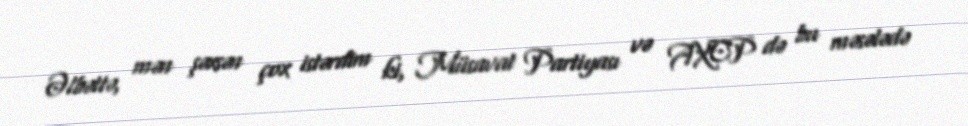
Əlbəttə, mən şəxsən çox istərdim ki, Müsavat Partiyası və AXCP də bu məsələdə